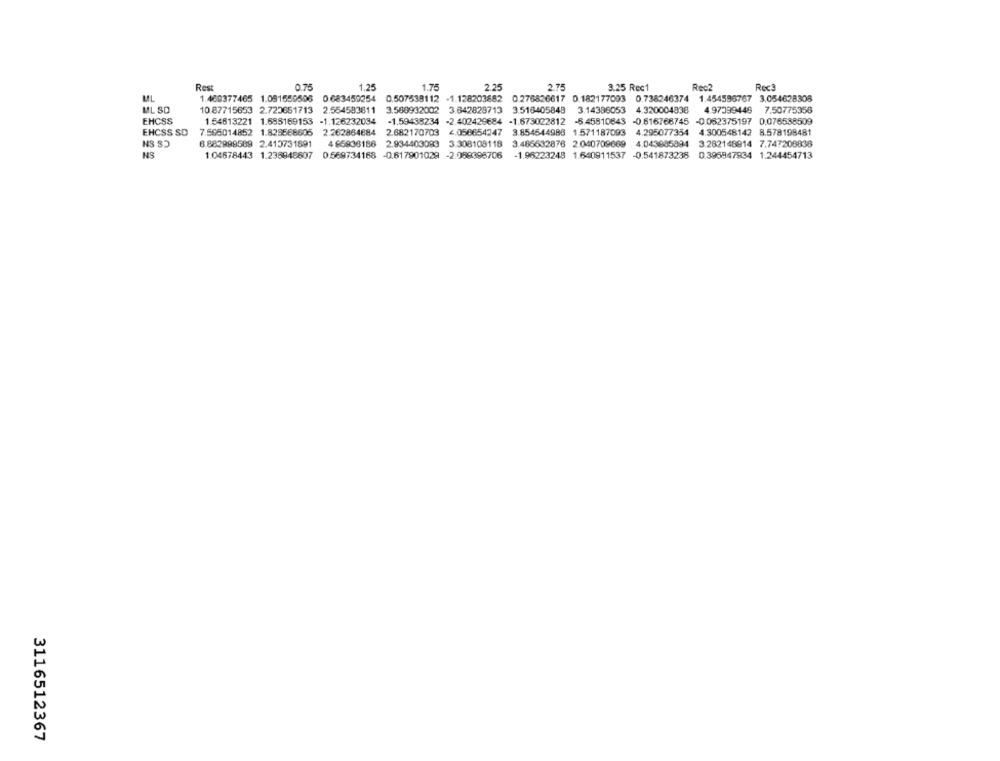
Rest
0.75
1.25
1.75
2.25
2.75
3.25 Rec1
Rec2
Rect
1.460377465 1.051559506 0.683450254 0.507538112 -1.128203682 0.276826617 0.182177093 0.738246374 1.454596767 3.054628308
ML SD
10.87715653 2.723651713 2.554583811 3.586932002 3.642828713 3.516405848 3.14396053 4.320004838
4.97399448 7.50775356
EHCSS
1.54613221 1.685169153 -1.126232034
-1.59438234 -2.402429684 -1.673022812 -8.45810843 -0.616768745 -0.062375197 0.076538509
EHCSS SD
7.505014852 1.825568605 2.262884884
2.682170703 4.050654247 3.854544988 1.571187093 4.295077354 4.300548142
8.578198481
NS S)
8.882999589 2.415731891
4 85936188
2.934403093 3.308108118 3.465632876 2.040709669 4.043985894 3.282148914 7.747208838
HS
1.04678443 1.235948607
0.569734168 -0.617901029 -2.069396706
-1.96223248 1.640911537 -0.541873236 0.396947834 1.244454713
3116512367